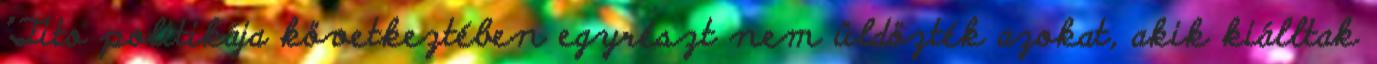
"Tito politikája következtében egyrészt nem üldözték azokat, akik kiálltak